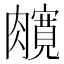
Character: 𰯦